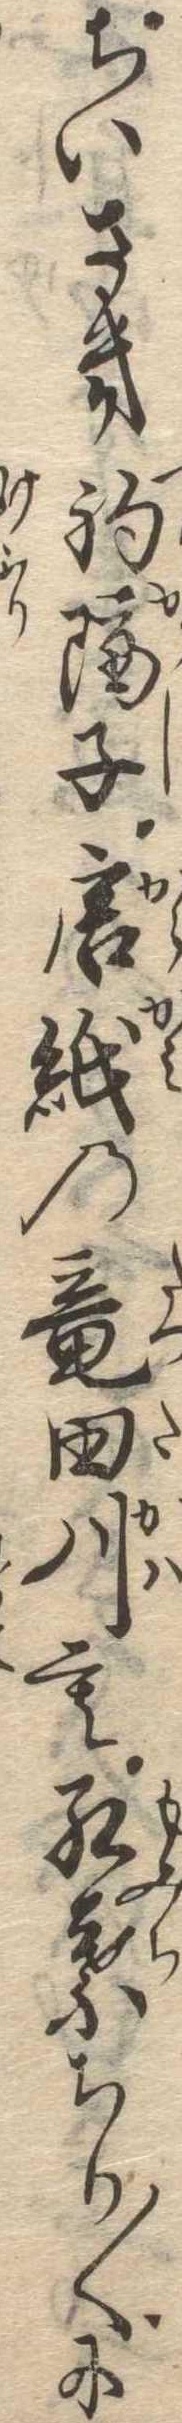
ちいさき釣隔子唐紙の竜田川も紅葉ちり〱に